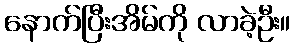
နောက်ပြီးအိမ်ကို လာခဲ့ဦး။